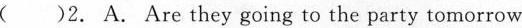
()2. A. Are they going to the party tomorrow